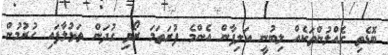
ބޮޑެތި ގެއްލުންތަކެއް ލިބުނީ އަލިފާން އެންމެ ފުރަތަމަ ރޯވި ގުދަން ތަޅުލާފައި ހުރުމުން